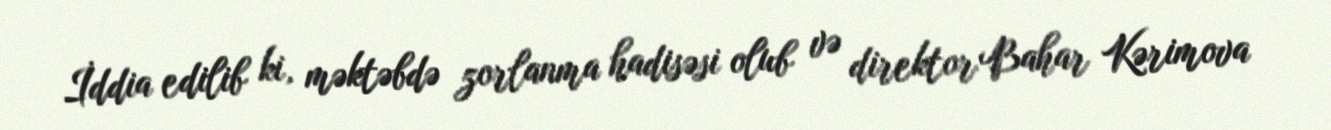
İddia edilib ki, məktəbdə zorlanma hadisəsi olub və direktor Bahar Kərimova